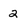
Character: 2